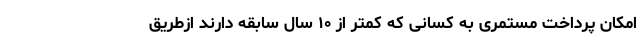
امکان پرداخت مستمری به کسانی که کمتر از ۱۰ سال سابقه دارند ازطریق